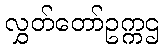
လွှတ်တော်ဥက္ကဌ